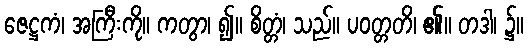
ဇေဋ္ဌကံ၊ အကြီးကို။ ကတွာ၊ ၍။ စိတ္တံ၊ သည်။ ပဝတ္တတိ၊ ၏။ တဒါ၊ ၌။